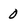
Character: 0